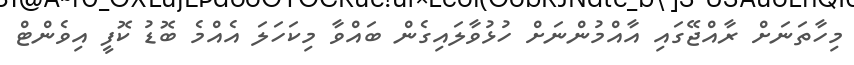
މިހާތަނަށް ރާއްޖޭގައި އާއްމުންނަށް ހުޅުވާލައިގެން ބައްވާ މިކަހަލަ އެއްމެ ބޮޑު ކޮފީ އިވެންޓް